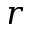
r